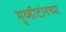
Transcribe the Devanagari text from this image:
मुव्हीटोनच्या